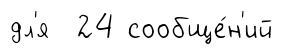
дл'я 24 сообще́н'ий